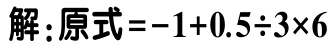
解：原式\(=-1 + 0.5\div3\times6\)